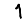
Digit: 1